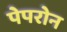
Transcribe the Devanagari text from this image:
पेपरोन